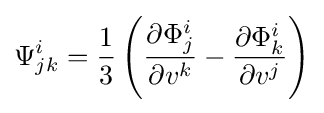
\Psi _{jk}^{i}={\frac {1}{3}}\left({\frac {\partial \Phi _{j}^{i}}{\partial v^{k}}}-{\frac {\partial \Phi _{k}^{i}}{\partial v^{j}}}\right)